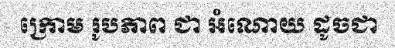
ក្រោម រូបភាព ជា អំណោយ ដូចជា